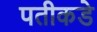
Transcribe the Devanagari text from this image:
पतीकडे